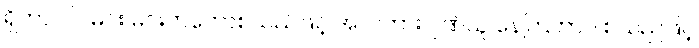
ရှိတာပါပဲ၊ မင်း မင်းကတော်စသည်ဖြင့် အလကား ဂုဏ်ယူ နေကြတာပဲ စသည်ဖြင့်